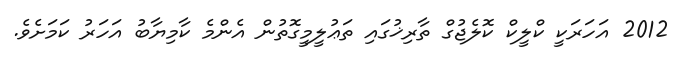
2012 އަހަރަކީ ކްލީކް ކޮލެޖުގް ތާރިޚުގައި ތަޢުލީމީގޮތުން އެންމެ ކާމިޔާބު އަހަރު ކަމަށެވެ.